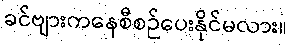
ခင်ဗျားကနေစီစဉ်ပေးနိုင်မလား။